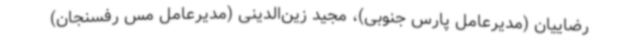
رضاییان (مدیرعامل پارس جنوبی)، مجید زین‌الدینی (مدیرعامل مس رفسنجان)